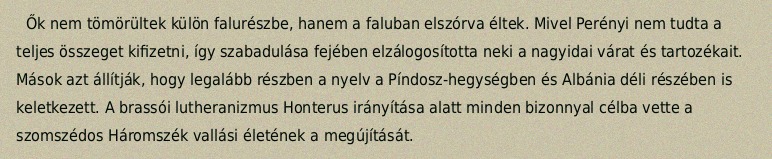
Ők nem tömörültek külön falurészbe, hanem a faluban elszórva éltek. Mivel Perényi nem tudta a teljes összeget kifizetni, így szabadulása fejében elzálogosította neki a nagyidai várat és tartozékait. Mások azt állítják, hogy legalább részben a nyelv a Píndosz-hegységben és Albánia déli részében is keletkezett. A brassói lutheranizmus Honterus irányítása alatt minden bizonnyal célba vette a szomszédos Háromszék vallási életének a megújítását.